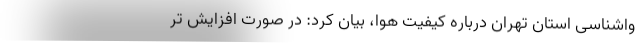
واشناسی استان تهران درباره کیفیت هوا، بیان کرد: در صورت افزایش تر